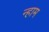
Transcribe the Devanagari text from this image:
न्हाम